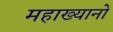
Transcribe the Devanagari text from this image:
महाख्यानों